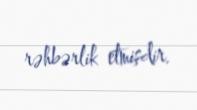
rəhbərlik etmişdir.